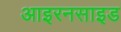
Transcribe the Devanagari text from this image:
आइरनसाइड